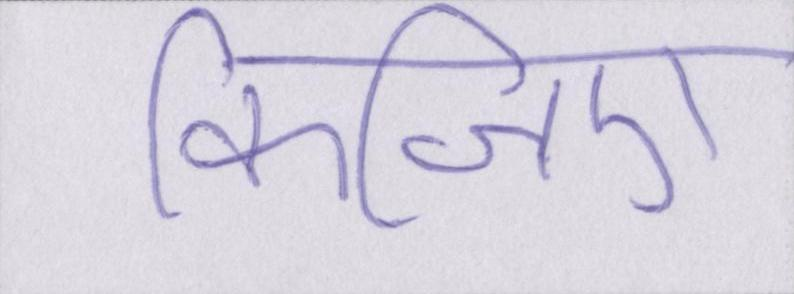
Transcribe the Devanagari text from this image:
किजिए